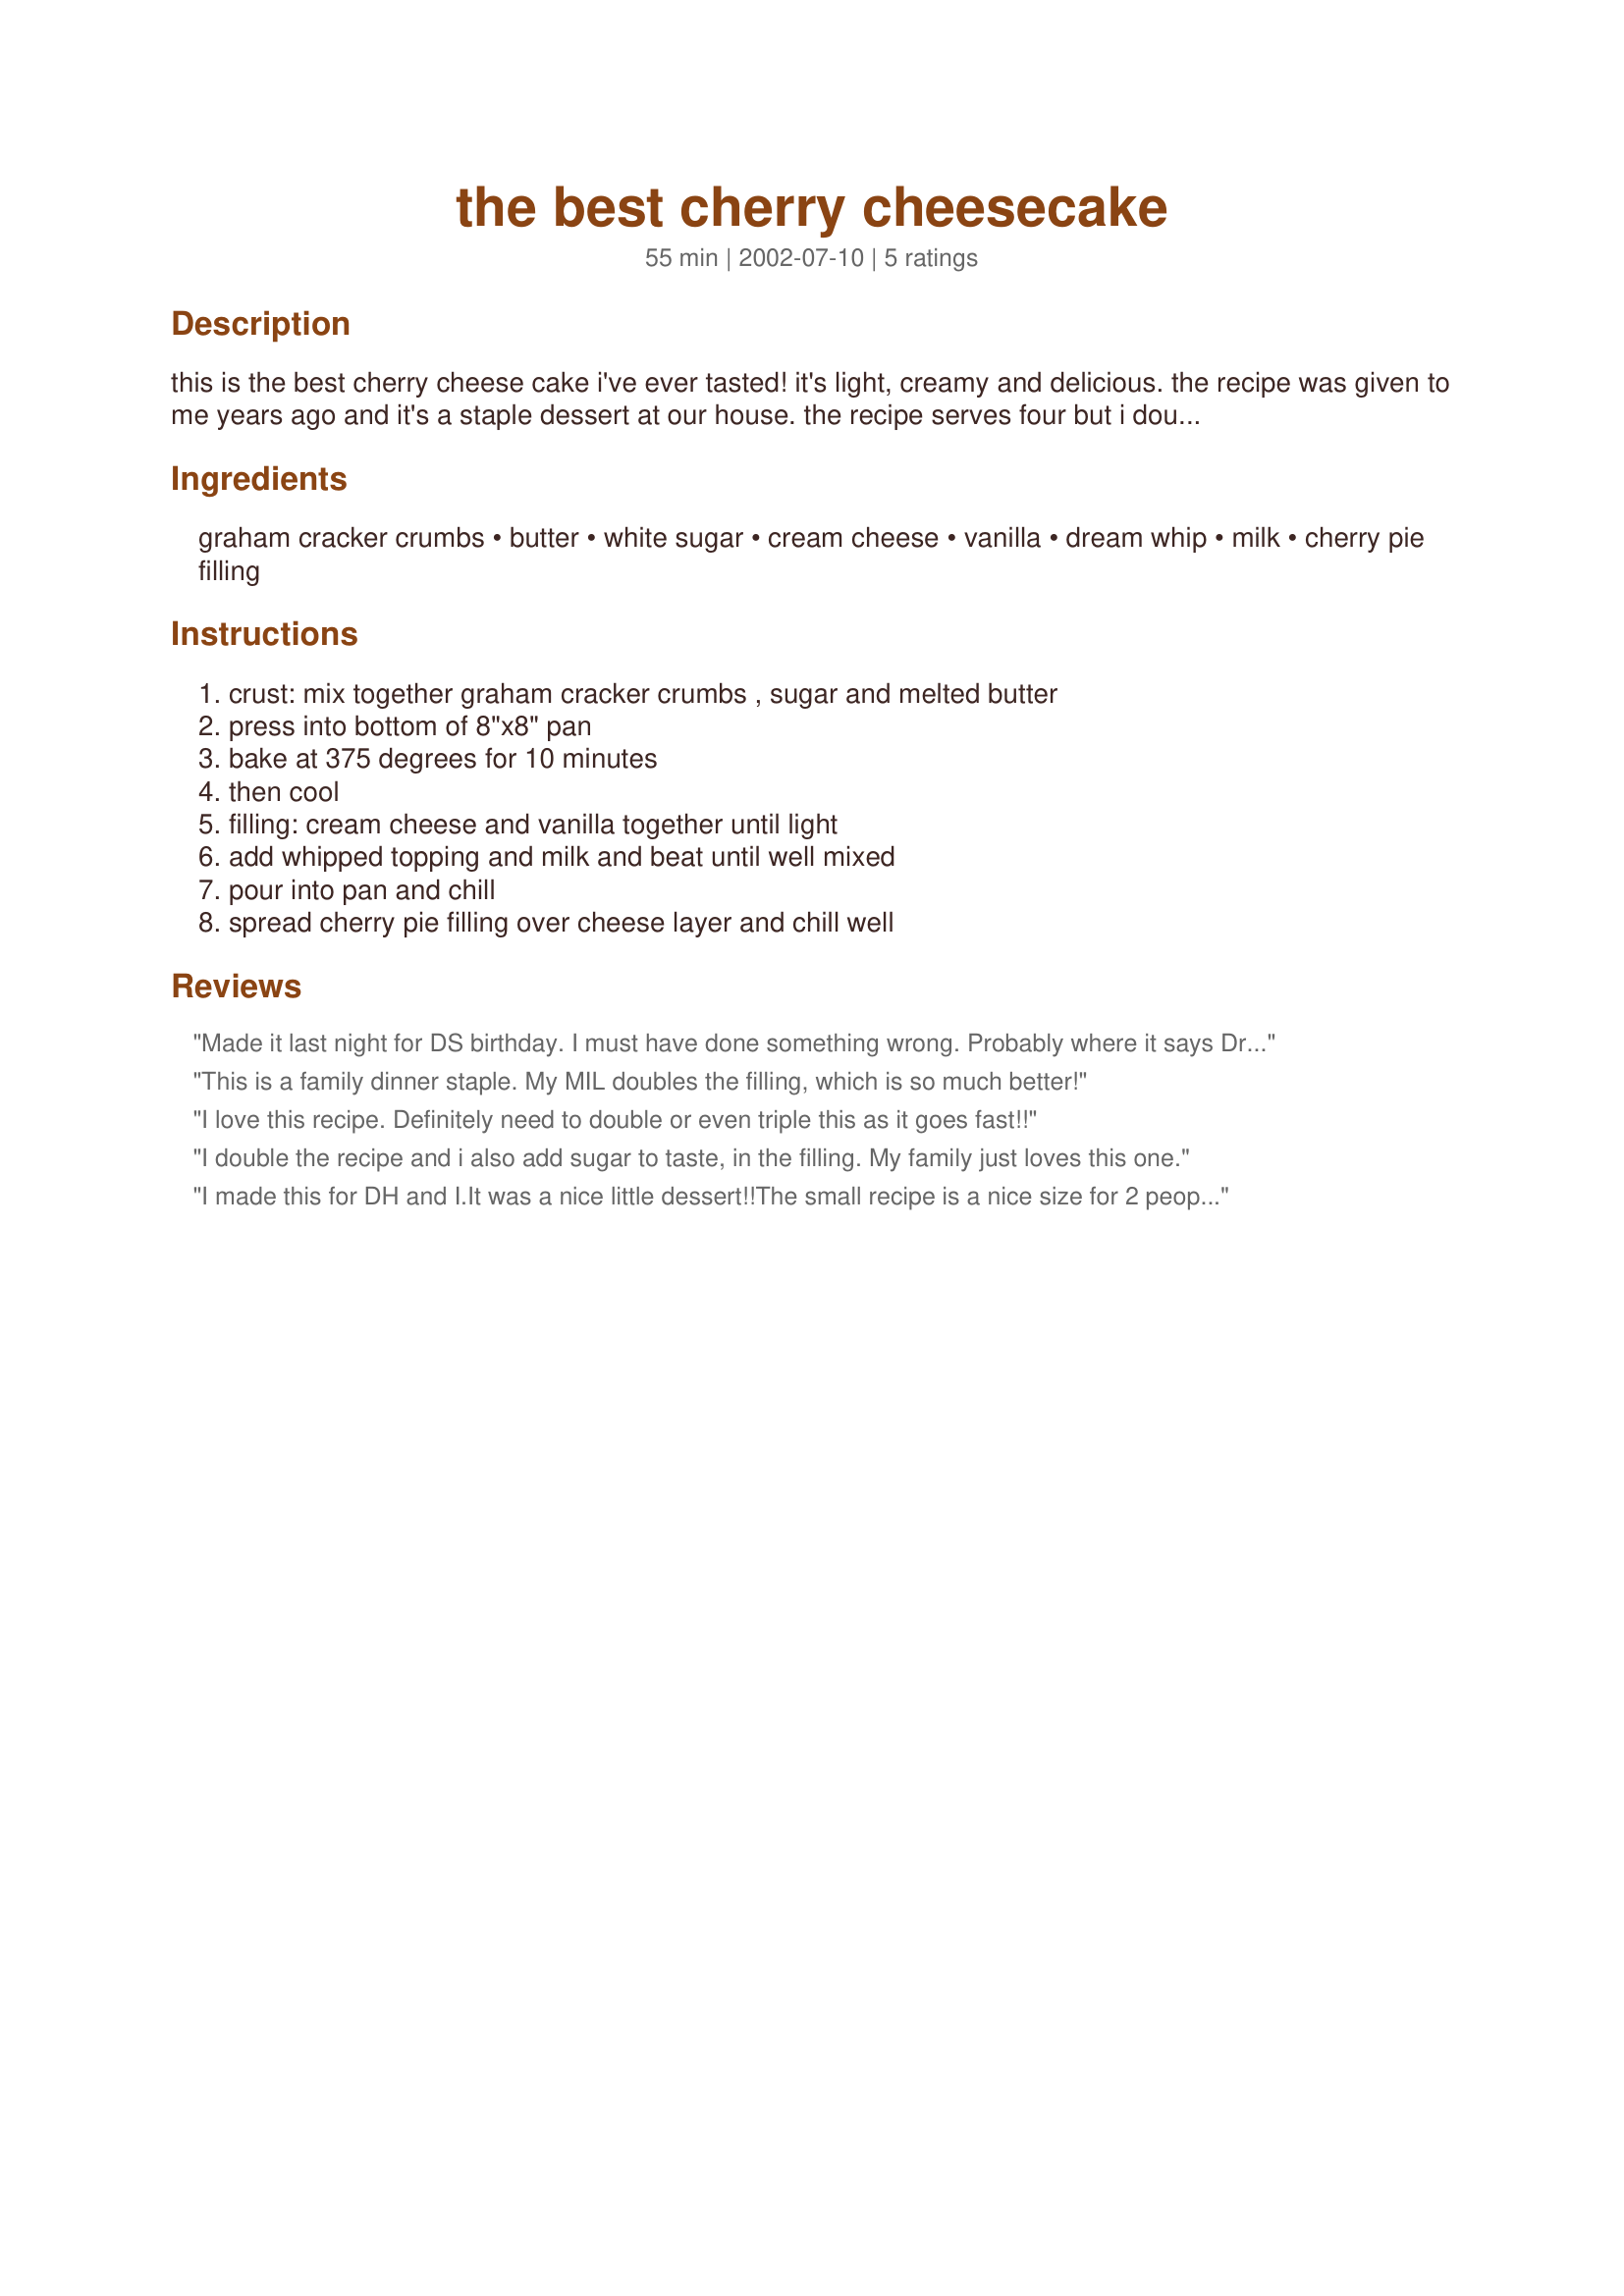
the best cherry cheesecake
Preparation time: 55 minutes

this is the best cherry cheese cake i've ever tasted! it's light, creamy and delicious. the recipe was given to me years ago and it's a staple dessert at our house. the recipe serves four but i double it and use a 9

Ingredients:
graham cracker crumbs, butter, white sugar, cream cheese, vanilla, dream whip, milk, cherry pie filling

Steps:
crust: mix together graham cracker crumbs , sugar and melted butter, press into bottom of 8"x8" pan, bake at 375 degrees for 10 minutes, then cool, filling: cream cheese and vanilla together until light, add whipped topping and milk and beat until well mixed, pour into pan and chill, spread cherry pie filling over cheese layer and chill well

Reviews:
Made it last night for DS birthday. I must have done something wrong. Probably where it says Dream Whip, whipped. So to whip Dream Whip you add 1/2 cup of milk which is not in the recipe. I tried it with the 2 tbs. but that doesn't whip. So I put in the milk. The darn thing did not set up - made it the night before. Tasted ok but we had to scoop it. Probably all my "bad" but it was disappointing.
This is a family dinner staple. My MIL doubles the filling, which is so much better!
I love this recipe. Definitely need to double or even triple this as it goes fast!!
I double the recipe and i also add sugar to taste, in the filling. My family just loves this one.
I made this for DH and I.It was a nice little dessert!!The small recipe is a nice size for 2 people with plenty left over for the next day.We really enjoyed this one and I will be making this one again as cheese cake is one of our favorites!!!
